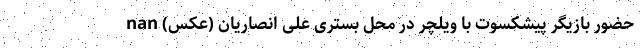
حضور بازیگر پیشکسوت با ویلچر در محل بستری علی انصاریان (عکس) nan